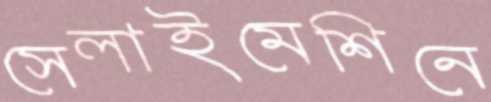
সেলাইমেশিনে